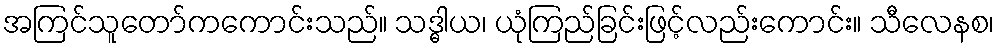
အကြင်သူတော်ကကောင်းသည်။ သဒ္ဓါယ၊ ယုံကြည်ခြင်းဖြင့်လည်းကောင်း။ သီလေနစ၊